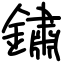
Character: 鏽